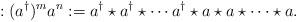
LaTeX: \begin{align*}:(a^\dagger)^m a^n:=a^\dagger \star a^\dagger \star \cdots a^\dagger \star a \star a \star \cdots \star a.\end{align*}